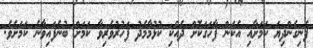
ފެނިގެންދިޔަ ކަމަށާއި އެކަން ފާހަގަކޮށް ދެއްކި ކުޅުމާމެދު ފަހުރުވެރިވާ ކަމަށް ބުނެފައިވާނެ ކަމަށެވެ.